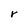
Character: r